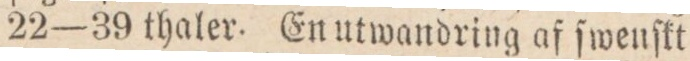
22—39 thaler. En utwandring af ſwenſkt